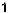
1